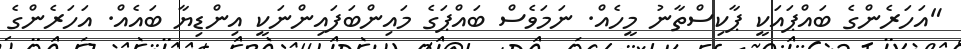
"އަހަރެންގެ ބައްޕައަކީ ޕާކިސްތާނު މީހެއް. ނަމަވެސް ބައްޕަގެ މައިންބަފައިންނަކީ އިންޑިޔާ ބައެއް. އަހަރެންގެ